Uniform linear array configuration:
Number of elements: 32
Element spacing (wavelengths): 0.75
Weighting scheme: uniform
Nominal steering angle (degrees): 45
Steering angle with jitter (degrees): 44.787
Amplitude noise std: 0.05
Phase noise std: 0.05

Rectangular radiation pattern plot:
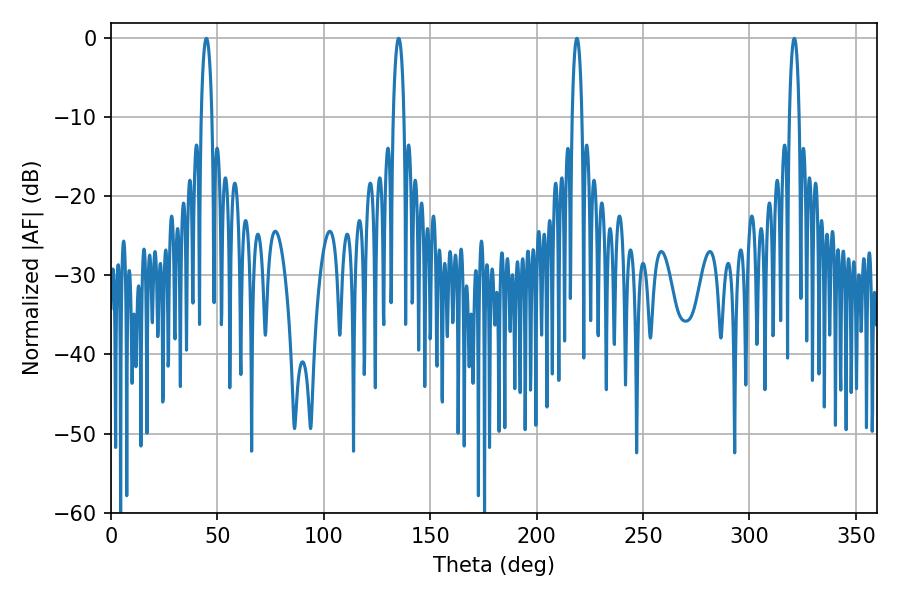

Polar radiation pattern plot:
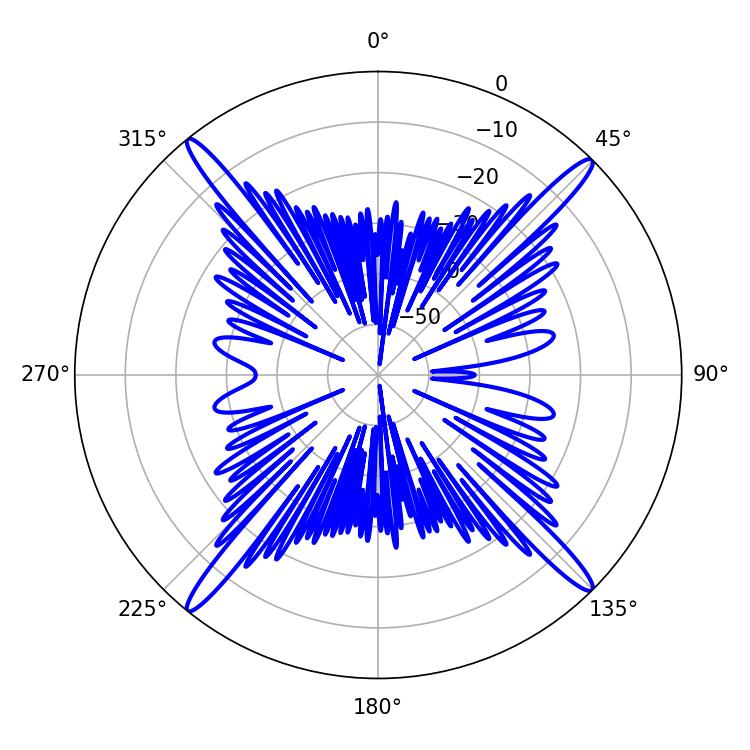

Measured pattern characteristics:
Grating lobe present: TRUE
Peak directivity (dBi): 21.058
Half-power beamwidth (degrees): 2.88
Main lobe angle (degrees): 44.82